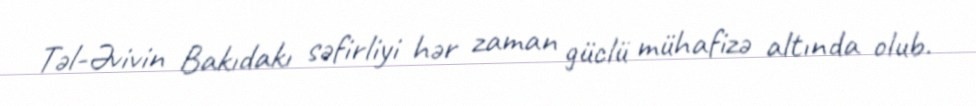
Təl-Əvivin Bakıdakı səfirliyi hər zaman güclü mühafizə altında olub.